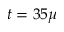
t = 3 5 \mu